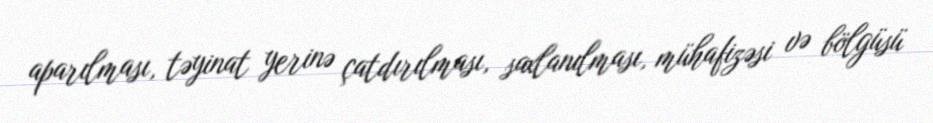
aparılması, təyinat yerinə çatdırılması, saxlanılması, mühafizəsi və bölgüsü